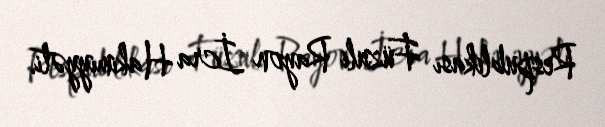
Respublikası Füzuli Rayon İcra Hakimiyyəti.